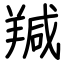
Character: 羬